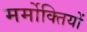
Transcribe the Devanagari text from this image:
मर्मोक्तियों